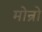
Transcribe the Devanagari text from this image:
मोन्रो